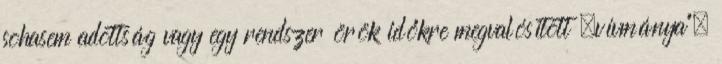
sohasem adottság vagy egy rendszer örök időkre megvalósított „vívmánya”,